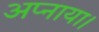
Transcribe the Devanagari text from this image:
अप्नाया।